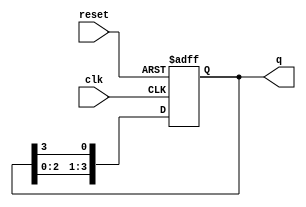
module ring_counter #(
    parameter N = 4  // Number of flip-flops (states)
) (
    input wire clk,     // Clock input
    input wire reset,   // Asynchronous reset
    output reg [N-1:0] q // Current state output
);

    // Initialize the ring counter state on reset
    always @(posedge clk or posedge reset) begin
        if (reset) begin
            // Initialize to the first state
            q <= 1'b1 << 0; // Set first flip-flop to '1' and others to '0'
        end else begin
            // Shift the state in a circular manner
            q <= {q[N-2:0], q[N-1]}; // Shift left and make the last bit the first bit
        end
    end

endmodule